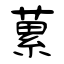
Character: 蔂